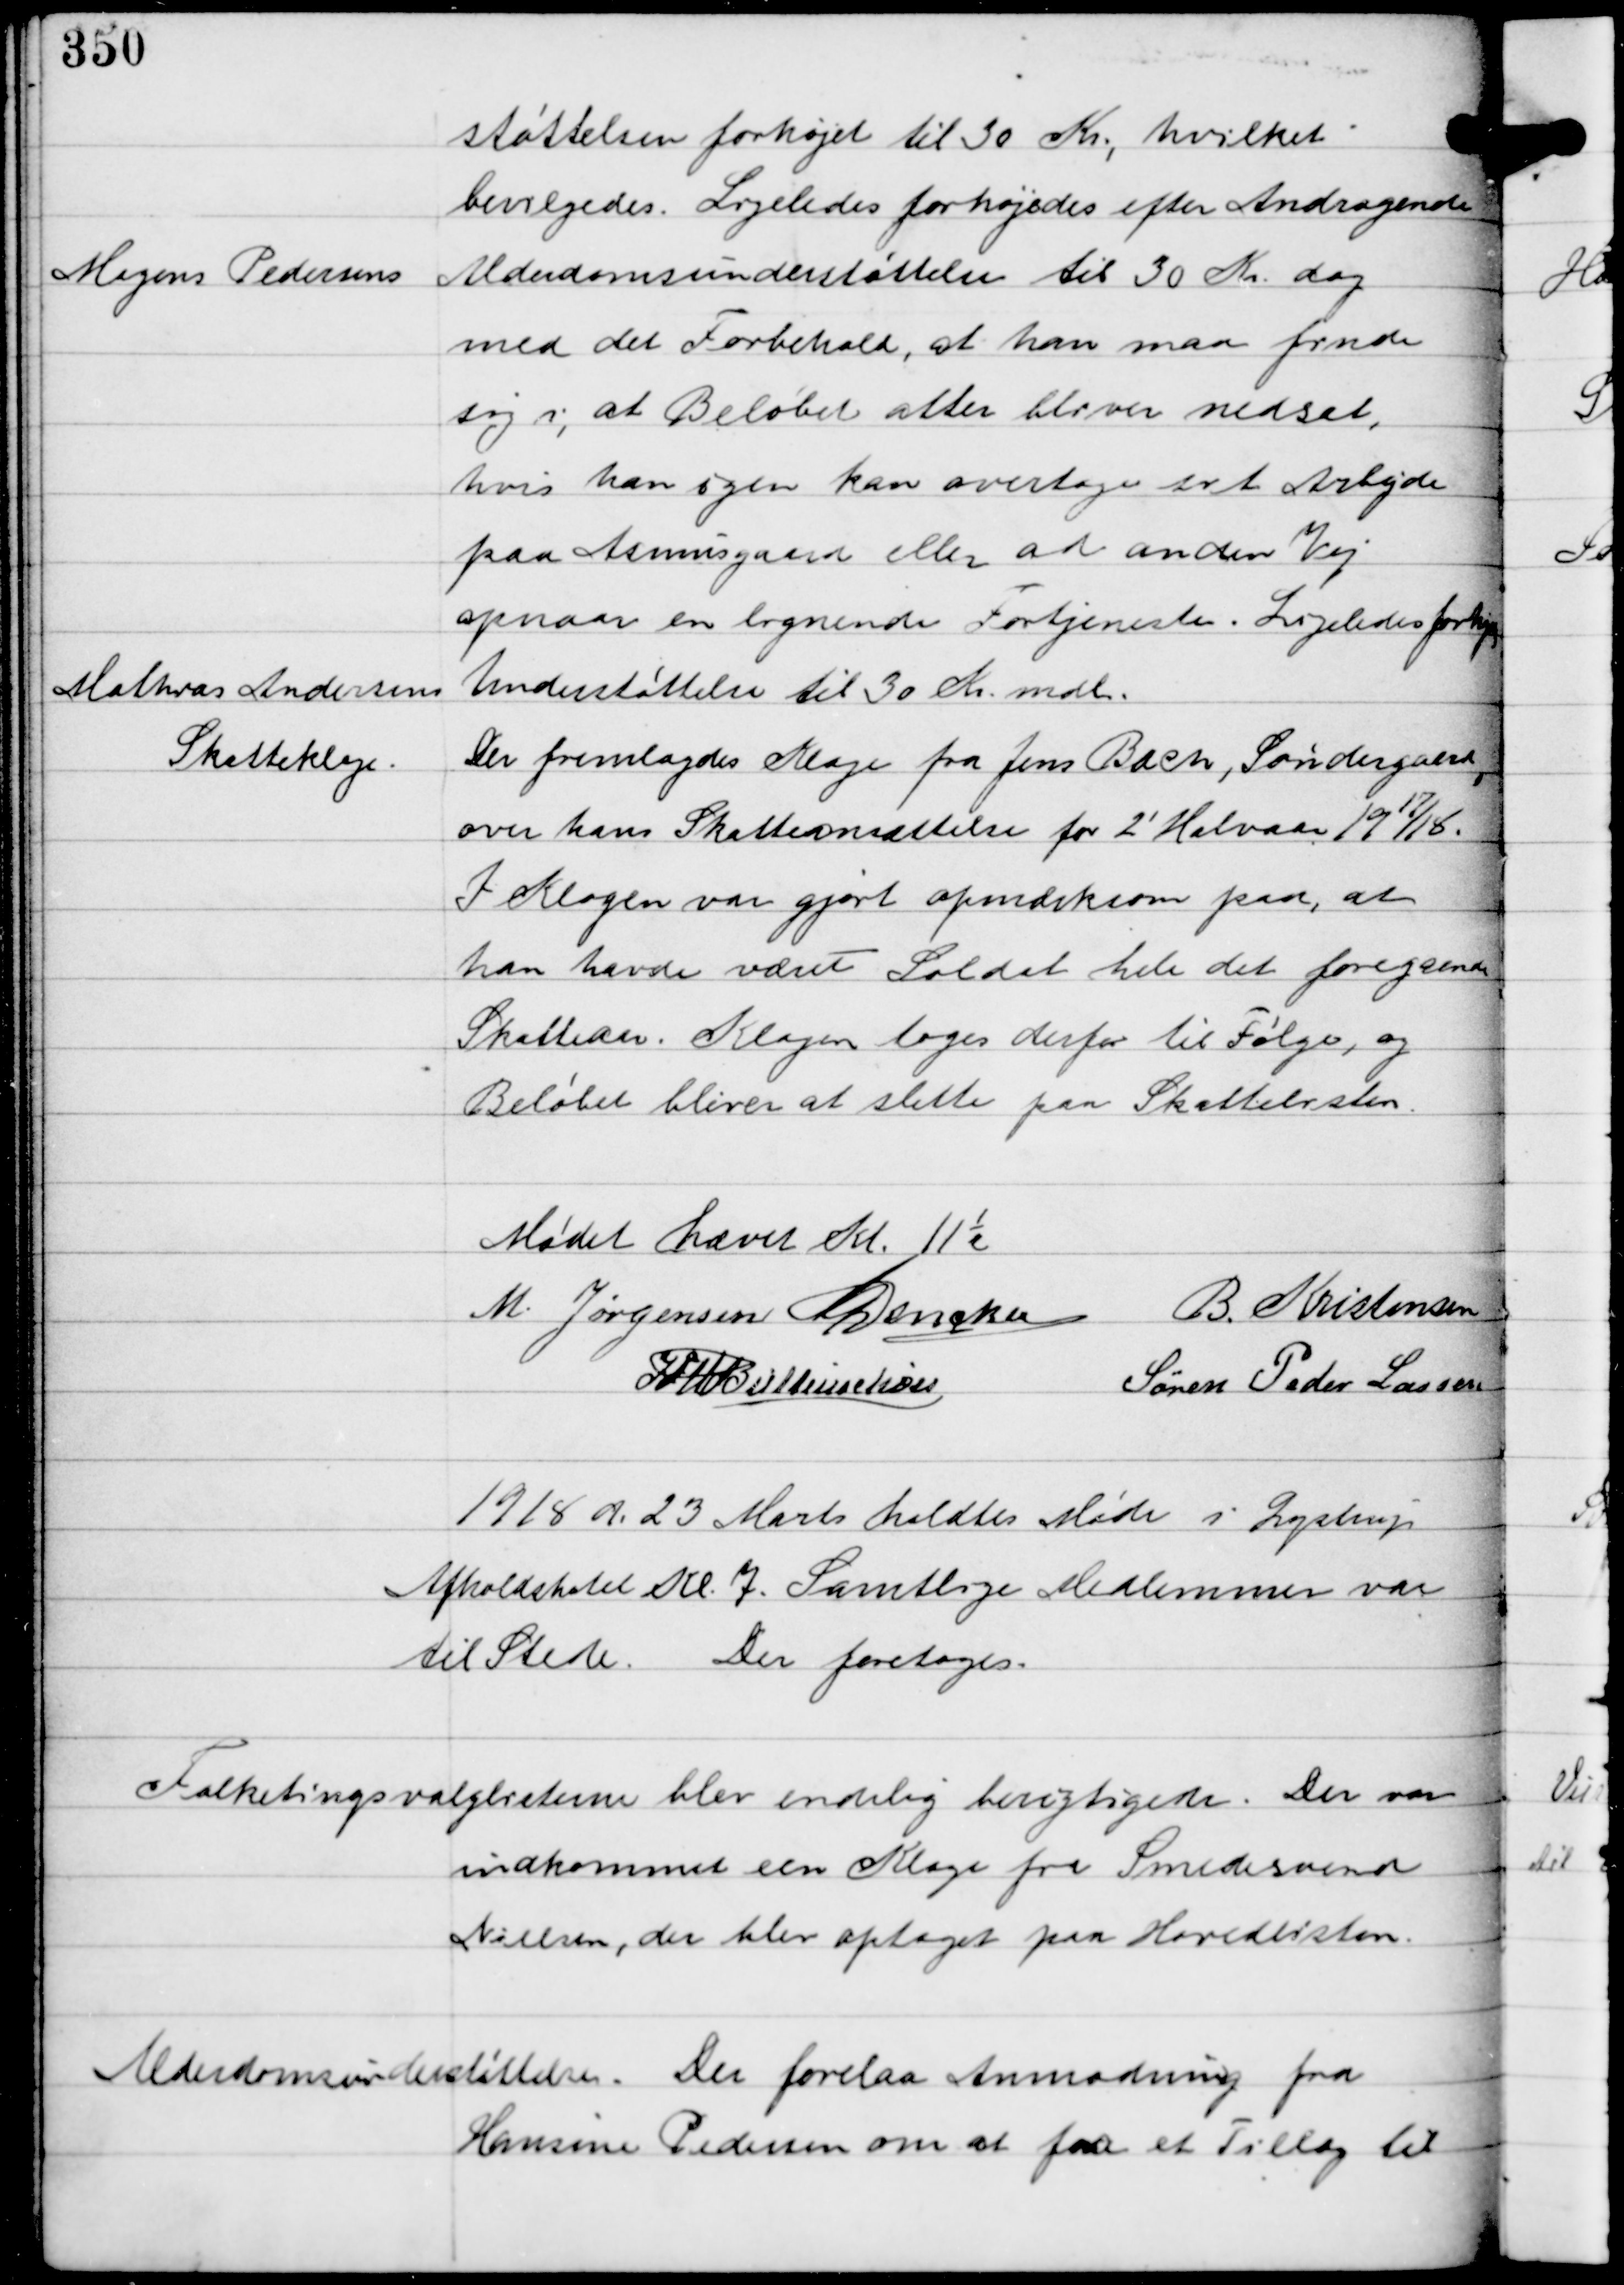
Transskription:
støttelsen forhøjet til 30 Kr, hvilket
bevilgedes. Ligeledes forhøjedes efter Andragende

Mogens Pedersens

Alderdomsunderstøttelse til 30 Kr dog
med det Forbehold, at han maa finde
sig i, at Beløbet atter bliver nedsat,
hvis han igen kan overtage sit Arbejde
paa Asmusgaard eller ad anden Vej
opnaar en lignende Fortjeneste. Ligeledes forhøjes

Mathias Andersens Understøttelse til 30 Kr mdl.

Skatteklage.

Der fremlagdes Klage fra Jens Bach, Søndergaard,
over hans Skatteansættelse for 2' Halvaar 1917/18.
I Klagen var gjort opmærksom paa, at
han havde været Soldat hele det foregaaende
Skatteaar. Klagen toges derfor til Følge, og
Beløbet bliver slettet paa Skattelisten.

Mødet hævet Kl. 11½
M. Jørgensen C Dencker B. Kristensen
IFV Buttenschøn
Søren Peder Lassen

1918 d. 23 Marts holdtes Møde i Lystrup
Afholdshotel Kl. 7. Samtlige Medlemmer var
til Stede. Der foretoges.

Folketingsvalglisterne blev endelig besigtigede. Der var
indkommet een Klage fra Smedesvend
Nielsen, der blev optaget paa Hovedlisten.

Alderdomsunderstøttelse. Der forelaa Anmodning fra
Hansine Pedersen om at faa et Tillæg til